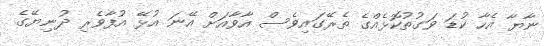
ނާޔާ އެހާ ކުޑަ ވަގުތުކޮޅެއްގެ ތެރޭގައިވެސް އާވާއަށް އޭނަ އުޅޭ އުފާވެރި ދުނިޔޭގެ